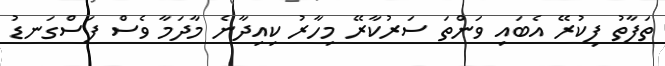
ތަފާތު ފިކުރޭ އެބައި ވަންތަ ސަރުކާރޭ މިހާރު ކިއިދާނެ މާދަމާ ވެސް ފަސްގަނޑު